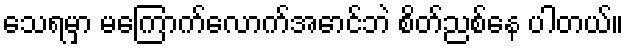
သေရမှာ မကြောက်လောက်အောင်ဘဲ စိတ်ညစ်နေ ပါတယ်။